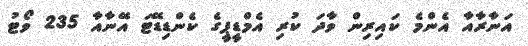
އަނާރާއާ އެންމެ ކައިރިން ވާދަ ކުރި އެމްޑީޕީގެ ކެންޑިޑޭޓަ އޭނާއާ 235 ވޯޓު